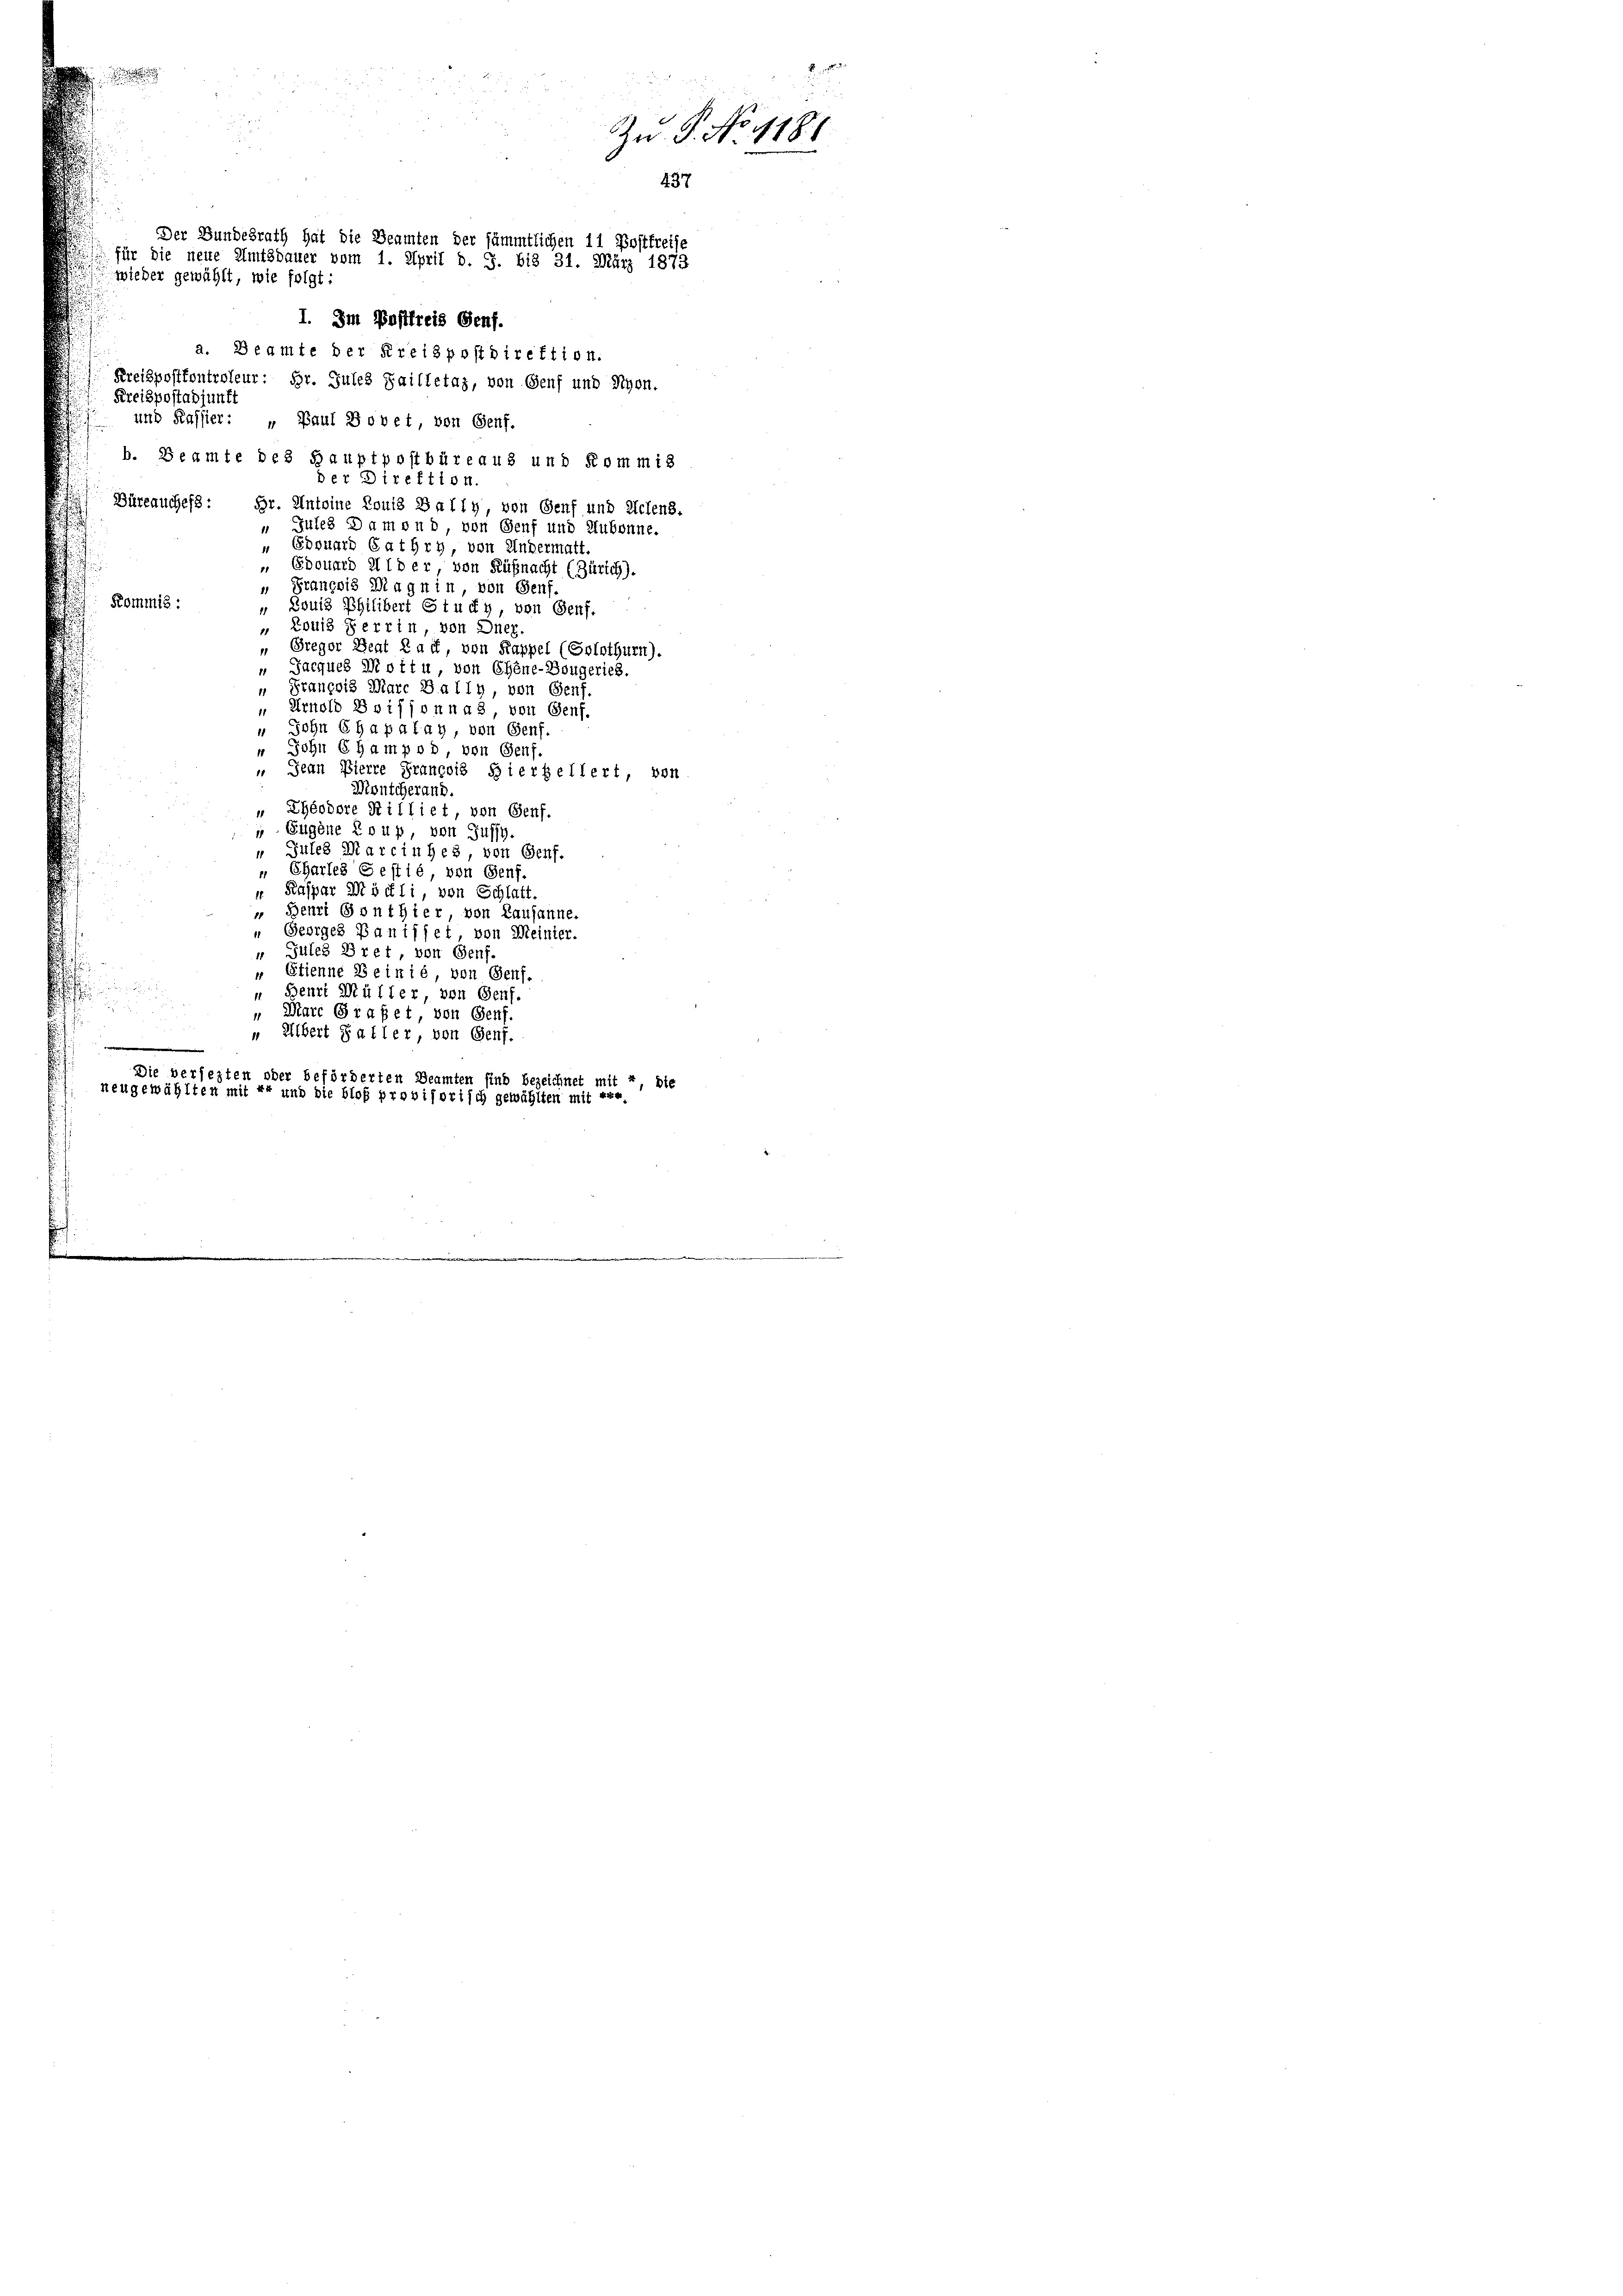
Zu P. No 118.
437
Der Bundesrath hat die Beamten der sämmtlichen 11 Postfreise
für die neue Amtsdauer vom 1. April d. J. bis 31. März 1873
wieder gewählt, wie folgt:
I. Im Postfreis Genf.
a. Beamte der Kreispostdirektion.
Kreispostkontroleur: Hr. Jules Sailletaz, von Genf und Syon.
Kreispostadjunft
und Kassier: „Paul Bovet, von Genf.
b. Beamte des Hauptpostbüreaus und Kommis

der Direktion.
Büreauchess: Gr. Antoine Louis Bally, von Genf und Actens,
Jules Damond von Senf und Aubonne.
Edouard Gathry von Andermatt.
 Edouard I id er von Küßnacht (Zürich).
„ Prançois Magnin, von Genf.
Kommis :
" Louis Philibert Study, von Genf.
„ Louis Terrin von Dnez.
„ Breger Beat Raff, von Kappel (Solothurn).
Jacques Mott u von Chine-Bougerieb.
n François Marc Bally, von Genf.
 Arnold Boifjonna, von Genf.
„ Sohn Chapalay von Genf.
" John Champod, von Genf,
 Jean Pierre François Gierkellert, von
Montcherand.
„ Ehéodore Rilliet von Genf.
 Eugene Coup von Guss.
Jules Marciuhes, von Genf.
" Charles Gestlé, von Genf.
 Kaspar Döchli, von Schlatt.
 Benri Gonthier, von Lausanne
„ Georges Baniffet, von Meinter.
“ Gutes Bret, von Genf.
.
 Etienne Beinié, von Genf.

" Beurt Müller, von Genf.

„ Marc Grafet, von Genf.
" Albert Paller, von Genf.
.
Die versezten oder beförderten Beamten sind bezeichnet mit 2 die
neugewählten mit Er und die bloß provisorisch gewählten mit ver